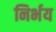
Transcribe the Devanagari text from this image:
निर्भय